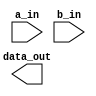
`timescale 1ns / 1ps
//////////////////////////////////////////////////////////////////////////////////
// Company: 
// Engineer: 
// 
// Design Name: 
// Module Name: Or
// Project Name: 
// Target Devices: 
// Tool Versions: 
// Description: 
// 
// Dependencies: 
// 
// Revision:
// Revision 0.01 - File Created
// Additional Comments:
// 
//////////////////////////////////////////////////////////////////////////////////


module Or(
    input a_in,
    input b_in,
    output data_out
    );
endmodule